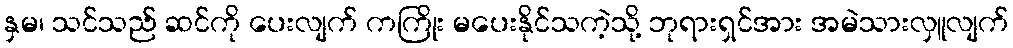
နှမ၊ သင်သည် ဆင်ကို ပေးလျက် ကကြိုး မပေးနိုင်သကဲ့သို့ ဘုရားရှင်အား အမဲသားလှူလျက်